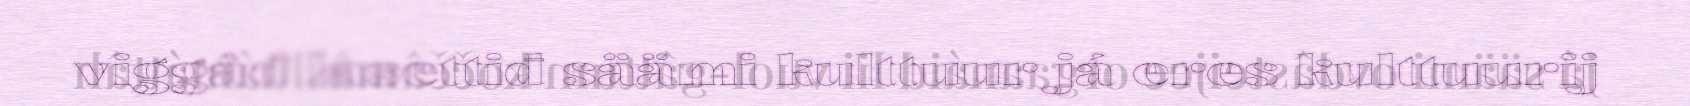
viggâđ lasettiđ säämi kulttuur já eres kulttuurij